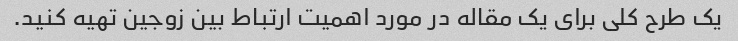
یک طرح کلی برای یک مقاله در مورد اهمیت ارتباط بین زوجین تهیه کنید.